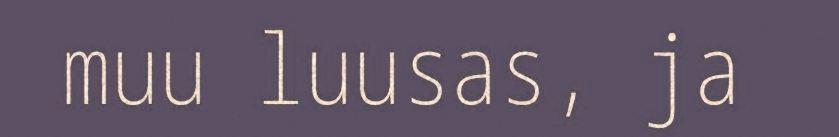
muu luusas, ja